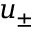
u _ { \pm }